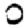
Digit: 0